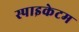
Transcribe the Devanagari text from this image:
स्पाइकेटम